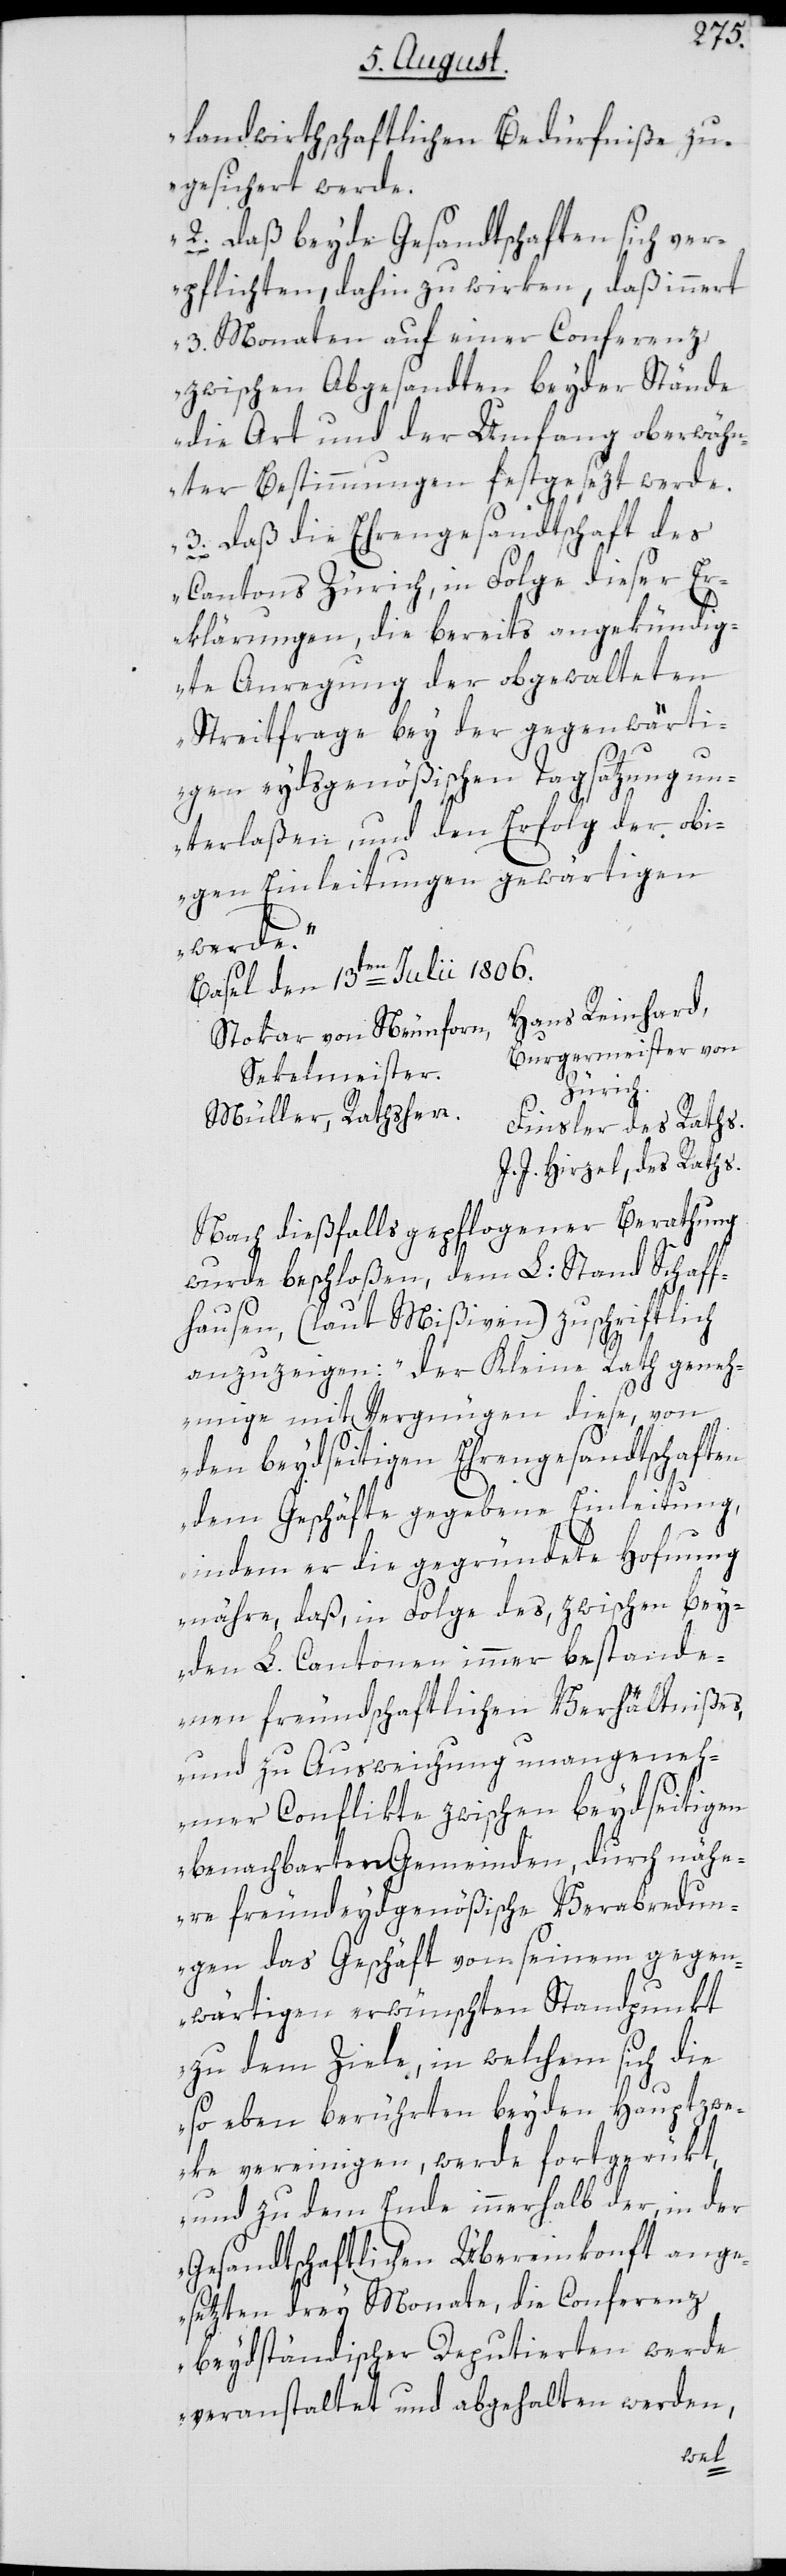
landwirthschaftlichen Bedürfniße zu¬
gesichert werde.
2. Daß beyde Gesandtschaften sich ver¬
pflichten, dahin zu wirken, daß innert
3. Monaten auf einer Conferenz
zwischen Abgesandten beyder Stände
die Art und der Umfang oberwähn¬
ter Bestimmungen festgesezt werde.
3. Daß die Ehrengesandtschaft des
Cantons Zürich, in Folge dieser E¬
rklärungen, die bereits angekündig¬
te Anregung der obgewalteten
Streitfrage bey der gegenwärti¬
gen eydsgenößischen Tagsatzung un¬
terlaßen, und den Erfolg der obi¬
gen Einleitungen gewärtigen
werde.“
Basel, den 13ten Julii 1806.
Hans Reinhard,
Stokar von Neunforn,
Burgermeister von
Sekelmeister.
Zürich.
Müller, Rathsherr.
Finsler des Raths.
J. J. Hirzel, des Raths.
Nach dießfalls gepflogener Berathung
wurde beschloßen, dem L: Stand Schaff¬
hausen, (laut Mißiven) zuschriftlich
anzuzeigen: „der Kleine Rath geneh¬
mige mit Vergnügen diese, von
den beydseitigen Ehrengesandtschaften
dem Geschäfte gegebene Einleitung,
indem er die gegründete Hofnung
nähre, daß, in Folge des, zwischen bey¬
den L. Cantonen immer bestande¬
nen freundschaftlichen Verhältnißes,
und zu Ausweichung unangeneh¬
mer Conflikte zwischen beydseitigen
benachbarten Gemeinden, durch nähe¬
re freundeydgenößische Verabredun¬
gen das Geschäft von seinem gegen¬
wärtigen erwünschten Standpunkt
zu dem Ziele, in welchem sich die
so eben berührten beyden Hauptzwe¬
ke vereinigen, werde fortgerükt,
und zu dem Ende innerhalb der, in der
Gesandtschaftlichen Übereinkonft ange¬
setzten drey Monate, die Conferenz
beydständischer Deputierten werde
veranstaltet und abgehalten werden,